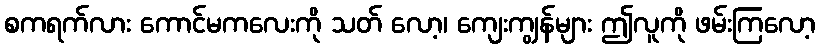
စကရက်လား ကောင်မကလေးကို သတ် လော့၊ ကျေးကျွန်များ ဤလူကို ဖမ်းကြလော့